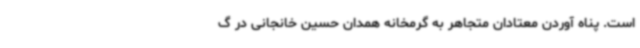
است. پناه آوردن معتادان متجاهر به گرمخانه همدان حسین خانجانی در گ